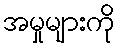
အမှုများကို